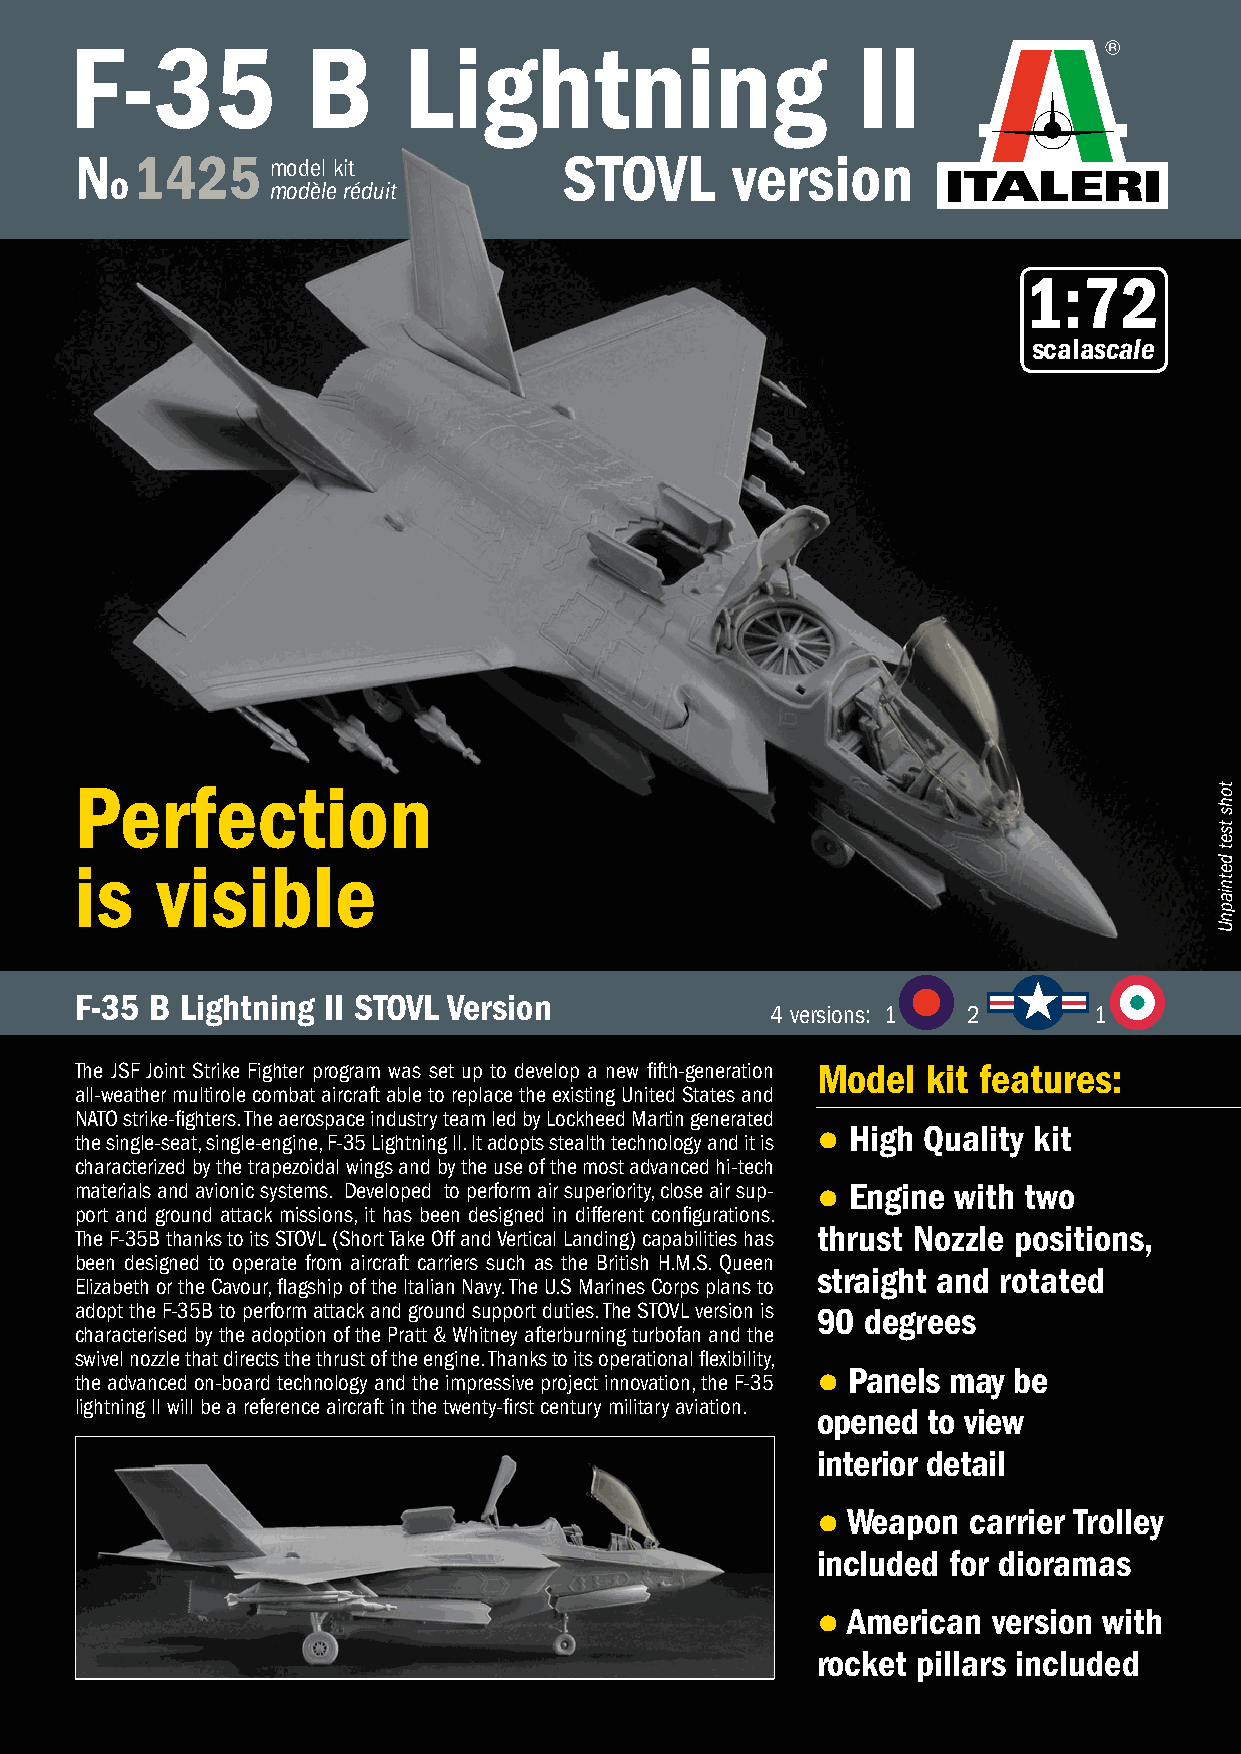
F-35           B      Lightning                     II
 N   1425     model kit          STOVL      version
 o
 modèle réduit
 1:72
 scalascale
 Perfection
 is   visible
 F-35 B Lightning II STOVL Version
 4 versions: 1 2      1
 The JSF Joint Strike Fighter program was set up to develop a new fifth-generation Model kit features:
 all-weather multirole combat aircraft able to replace the existing United States and
 NATO strike-fighters. The aerospace industry team led by Lockheed Martin generated
 ● High Quality kit
 the single-seat, single-engine, F-35 Lightning II. It adopts stealth technology and it is
 characterized by the trapezoidal wings and by the use of the most advanced hi-tech
 materials and avionic systems. Developed to perform air superiority, close air sup- ● Engine with two
 port and ground attack missions, it has been designed in different configurations.
 The F-35B thanks to its STOVL (Short Take Off and Vertical Landing) capabilities has thrust Nozzle positions,
 been designed to operate from aircraft carriers such as the British H.M.S. Queen
 straight and rotated
 Elizabeth or the Cavour, flagship of the Italian Navy. The U.S Marines Corps plans to
 adopt the F-35B to perform attack and ground support duties. The STOVL version is 90 degrees
 characterised by the adoption of the Pratt & Whitney afterburning turbofan and the
 swivel nozzle that directs the thrust of the engine. Thanks to its operational flexibility,
 the advanced on-board technology and the impressive project innovation, the F-35 ● Panels may be
 lightning II will be a reference aircraft in the twenty-first century military aviation.
 opened to view
 interior detail
 ● Weapon  carrier Trolley
 included for dioramas
 ● American  version with
 rocket pillars included
 tohs
 tset
 detniapnU